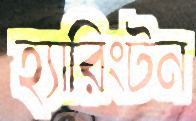
হ্যারিংটন